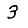
Digit: 3